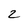
Character: 2